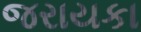
જરાયકા